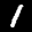
Label: 1